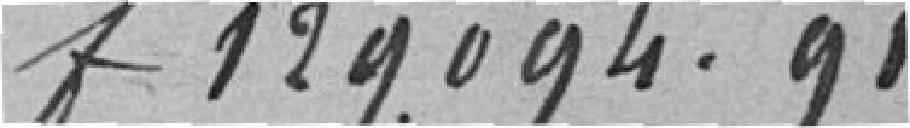
f 129,094.91